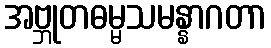
အဗ္ဘုတဓမ္မသမန္နာဂတာ